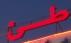
طن